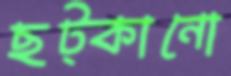
ছট্‌কানো